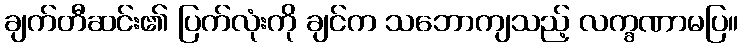
ချက်တီဆင်း၏ ပြက်လုံးကို ချင်က သဘောကျသည့် လက္ခဏာမပြ။